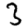
Digit: 3